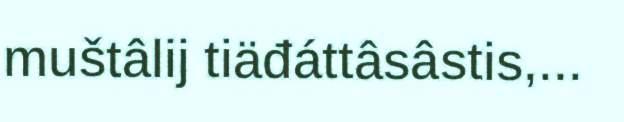
muštâlij tiäđáttâsâstis,...